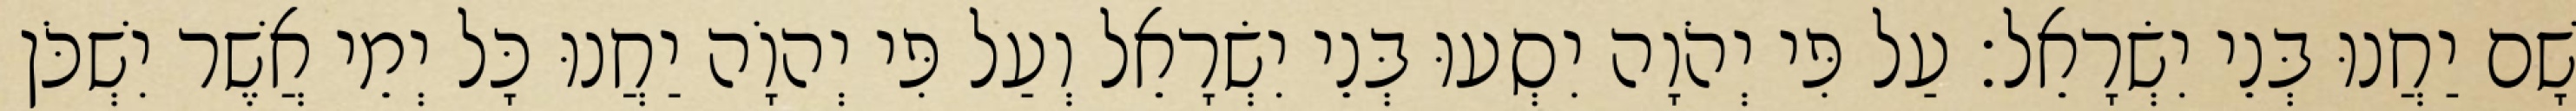
שָׁם יַחֲנוּ בְּנֵי יִשְׂרָאֵל׃ עַל פִּי יְהֹוָה יִסְעוּ בְּנֵי יִשְׂרָאֵל וְעַל פִּי יְהוָֹה יַחֲנוּ כָּל יְמֵי אֲשֶׁר יִשְׁכֹּן